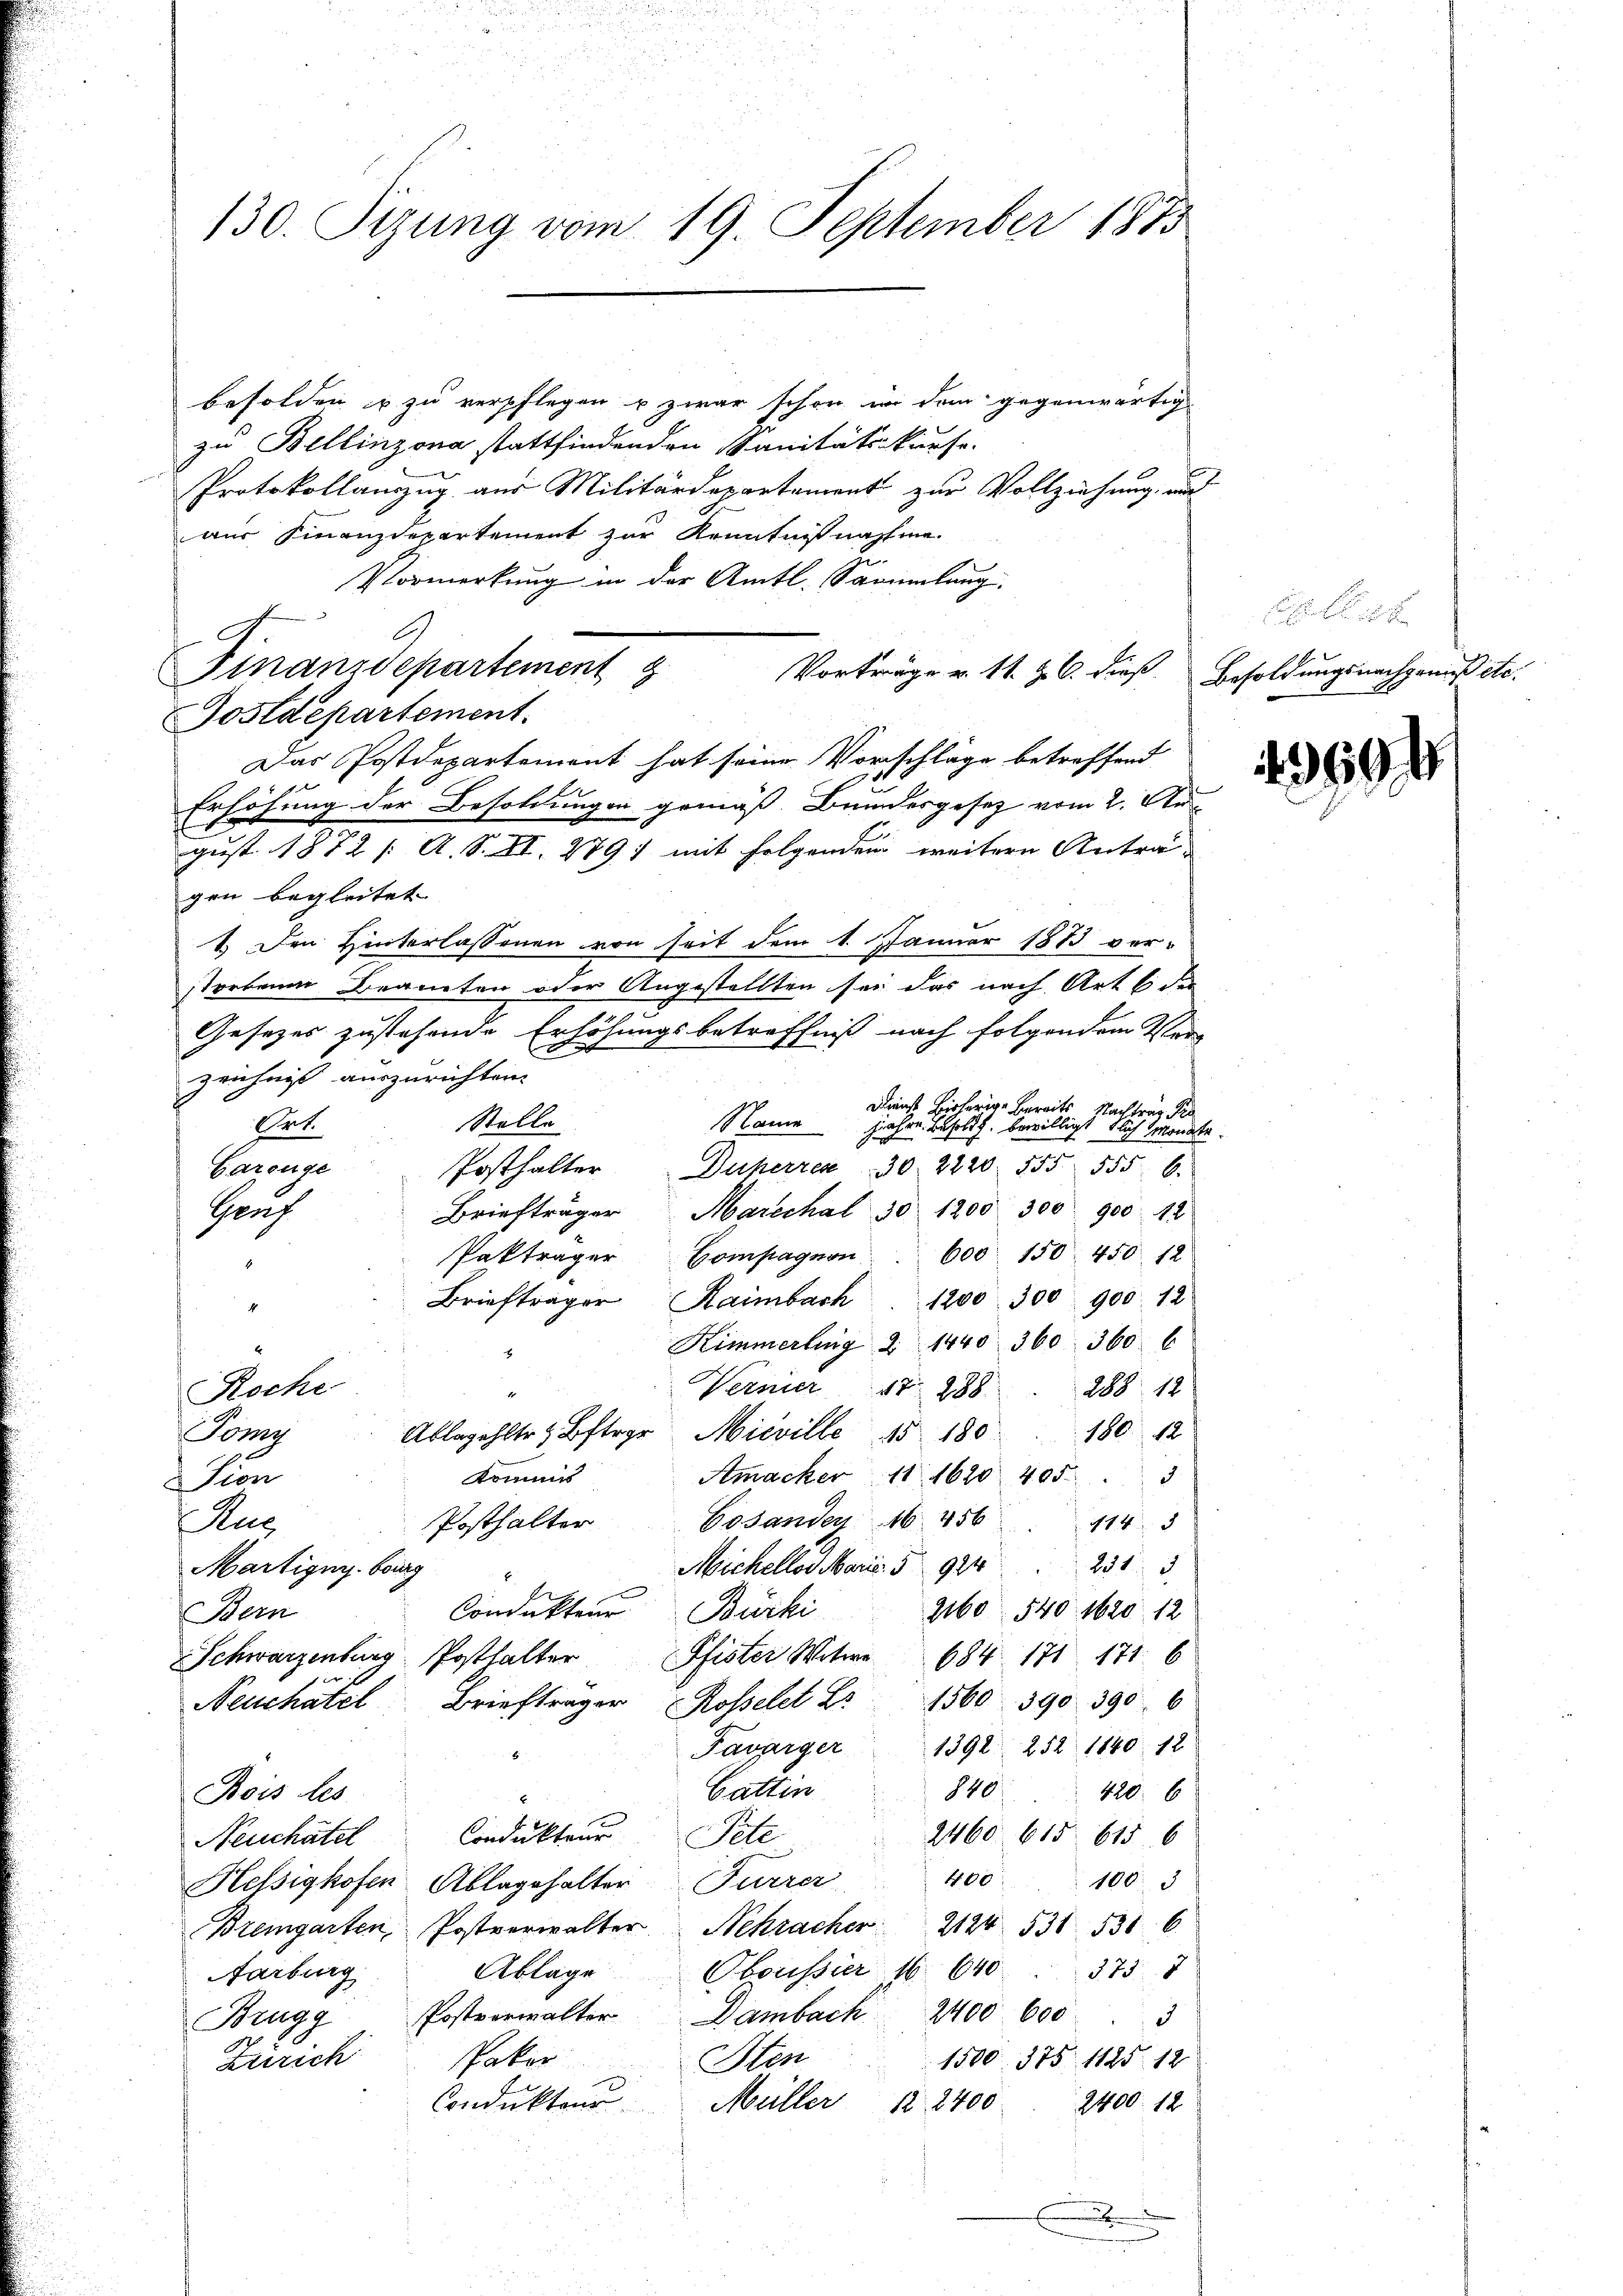
besolden u zu verpflegen u zwar schon in dem gegenwärtig
zu Bellinzona stattfindenden Sanitätskurse.
Protokollanzug aus Militärdepartament zur Vollziehung, aus
aus Finanzdepartement zur Kenntnißnahme.
Vormerkung in der Amtl. Sammlung.
Vorträge v. 11. Z. 6. dieß
Das Postdepartement hat seine Vorschlage betreffend
1
 |
Erhöhung der Besoldungen gemäß Brandesgesetz vom 2. Au
gust 1872 /: A. S. XI. 279) mit folgenden weitere Antra-
gen begleitet. |
1. Den Hinterlassenen von seit dem 1. Januar 1873 vor-
storbene Begneten oder Angestellten sei das nach Art 6 der
Gesetzes zustehende Erhöhungsbetreffniß nach folgendem Ver-
zeichniß auszurichten.
Dienst bisherige bereits Nachtrag Fr
Stelle
Pact.
Name Jahre Besold. bewilligt blich monate.
Posthalter Duperren 30. 2220. 555 555. 6.
Garzüge
Briefträger Marechal 30 1200 300 900 12
Gruf
Pakträger Compagnon 600. 150 450 12
Briefträger Raimbach 1200. 300 900. 12
Himmerling 2 1440. 360. 360. 6
Werner 17. 288. 288 12
Roche
180. 12
Ablegelte Oster Misville 15 180
Jörg
Amacker 11. 1620 405.
Kommis
d
Tion
Gesanden 16. 456 1143
Posthalter
Aus
Mickellos Marie 59          231
Martigny. bourg
2160. 540. 1620 12
Condukteur Bürki
Bern
Schwarzenburg. Posthalter
Pfister Witwe 684. 171 171. 6
¬
Neuchatel Briefträger Rosselet Z. 1560. 390. 390. 6
Favarger 1392. 252 1840. 12
840
Gattin
420. 6
Bois les
2460. 615. 615 6
Condukteur Pete
Neuchatel
400
1003
Hessigkofen Ablagehalter Furrer
Bremgarten Postverwalter Nekracher 2124 531 530. 6
Ablage Oboussier 16. 640 375 7
Aarburg
Brugg Postverwalter Dambach 2400 600 3
Paker
1500. 375 1125. 12
Zürich
Sten
Condukteur Müller 12 2400. 2400. 12
E

130. Sizung vom 19. September 1885

9
Finanzdepartement g
Postdepartement.

x
Besoldungsnachgenuß etc.

369